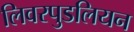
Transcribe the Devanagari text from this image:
लिवरपुडलियन